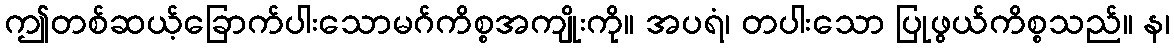
ဤတစ်ဆယ့်ခြောက်ပါးသောမဂ်ကိစ္စအကျိုးကို။ အပရံ၊ တပါးသော ပြုဖွယ်ကိစ္စသည်။ န၊